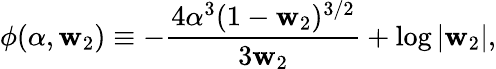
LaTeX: \phi(\alpha,\mathbf{w}_{2})\equiv-{\frac{{4\alpha^{3}(1-\mathbf{w}_{2})^{3/2}}}{{3\mathbf{w}_{2}}}}+\log|\mathbf{w}_{2}|,